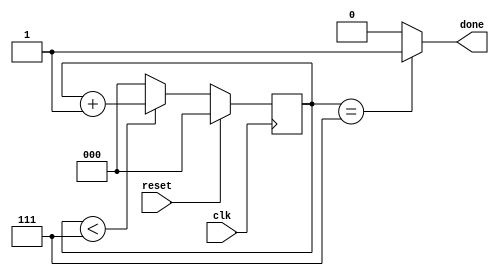
module Count8 (
    input clk,
    input reset,
    output done
    );

    // unsigned counter with 2^k values
    reg [2:0] clk_count = 0;    // 3-bits as need to count from 0-7
    wire done;

    always @(posedge clk) begin
        if (reset) begin
            clk_count <= 1'b0;
        end else begin
            // 8 clock cycles
            if (clk_count < 3'b111) begin
                clk_count <= clk_count + 1;
            end else begin
                // reset for next cycle
                clk_count <= 0;
            end
        end
    end

    // Assert done when clk_count = 7 (8th clk cycle)
    assign done = (clk_count == 3'b111) ? 1 : 0;

endmodule